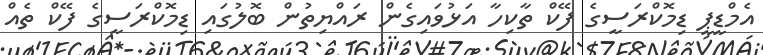
އެމްޑީޕީ ޑިމޮކްރަސީގެ ފޭކް ތާކިހާ އަޅުވައިގެން ރައްޔިތުން ބޮލުގައި ޑިމޮކްރަސީގެ ފޭކް ތެއް